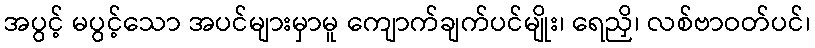
အပွင့် မပွင့်သော အပင်များမှာမူ ကျောက်ချက်ပင်မျိုး၊ ရေညှိ၊ လစ်ဗာဝတ်ပင်၊